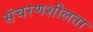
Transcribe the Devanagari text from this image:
संचरणशीलता